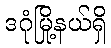
ဒဂုံမြို့နယ်ရှိ